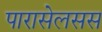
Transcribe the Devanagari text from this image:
पारासेलसस